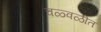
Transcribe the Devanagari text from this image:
चळ्वळीत